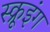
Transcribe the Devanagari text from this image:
स्क्रूइंग